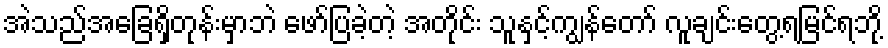
အဲသည်အခြေရှိတုန်းမှာဘဲ ဖော်ပြခဲ့တဲ့ အတိုင်း သူနှင့်ကျွန်တော် လူချင်းတွေ့ရမြင်ရဘို့